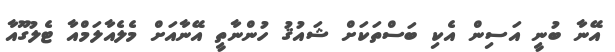
އޭނާ ބުނީ އަސިން އެކި ބަސްތަކަށް ޝައުޤު ހުންނާތީ އޭނާއަށް މެލެއާލަމްއާ ޓެލުގޫއާ